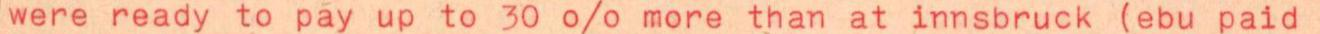
were ready to pay up to 30 % more than at innsbruck (ebu paid